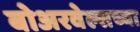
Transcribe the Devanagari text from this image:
बोअरवेल्सच्या